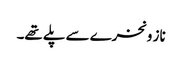
ناز و نخرے سے پلے تھے۔